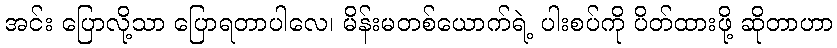
အင်း ပြောလို့သာ ပြောရတာပါလေ၊ မိန်းမတစ်ယောက်ရဲ့ ပါးစပ်ကို ပိတ်ထားဖို့ ဆိုတာဟာ